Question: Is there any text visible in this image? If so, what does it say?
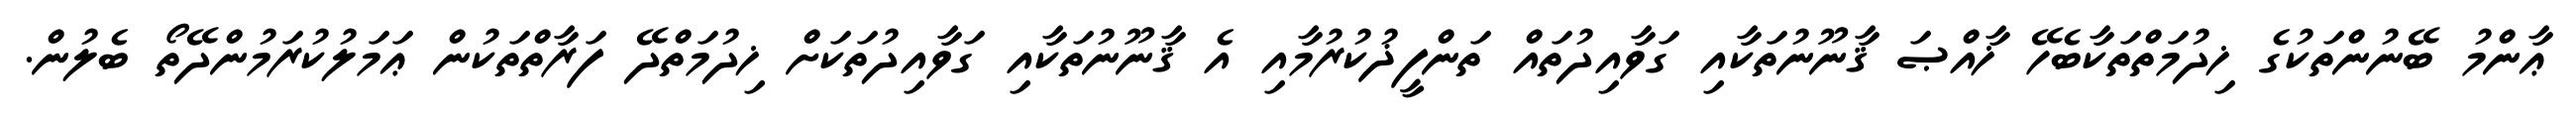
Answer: ޢާންމު ބޭނުންތަކުގެ ޚިދުމަތްތަކާބެހޭ ޚާއްޞަ ޤާނޫނުތަކާއި ގަވާއިދުތައް ތަންފީޛުކުރުމާއި އެ ޤާނޫނުތަކާއި ގަވާއިދުތަކަށް ޚިދުމަތްދޭ ފަރާތްތަކުން ޢަމަލުކުރަމުންދޭތޯ ބެލުން.